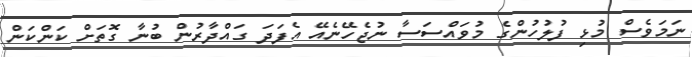
ނަމަވެސް މުޅި ފުލުހުންގެ މުވައްސަސާ ނުޖެހޭނެއޭ އެފަދަ ގައްދާރުން ބުނާ ގޮތަށް ކަންކަން